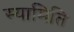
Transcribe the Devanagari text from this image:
स्यामिति